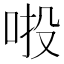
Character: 𠲴